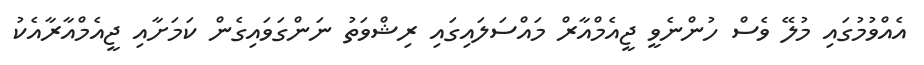
އެއްވުމުގައި މުލޭ ވެސް ހުންނެވީ ޖީއެމްއާރް މައްސަލައިގައި ރިޝްވަތު ނަންގަވައިގެން ކަމަށާއި ޖީއެމްއާރާއެކު